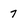
Character: 7